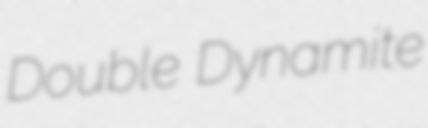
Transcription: Double Dynamite